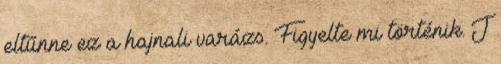
eltűnne ez a hajnali varázs. Figyelte mi történik. J